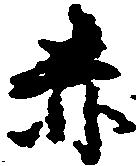
赤